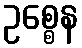
ဥစ္စေန